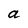
Character: e